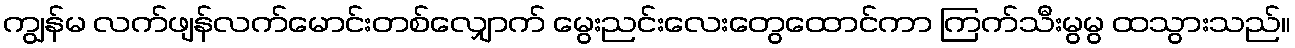
ကျွန်မ လက်ဖျန်လက်မောင်းတစ်လျှောက် မွေးညင်းလေးတွေထောင်ကာ ကြက်သီးမွမွ ထသွားသည်။